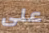
على